Report of an investigation into the causes of the diseases known in Assam as Kála-Azár and Beri-Beri
Disease focus: Beri-Beri
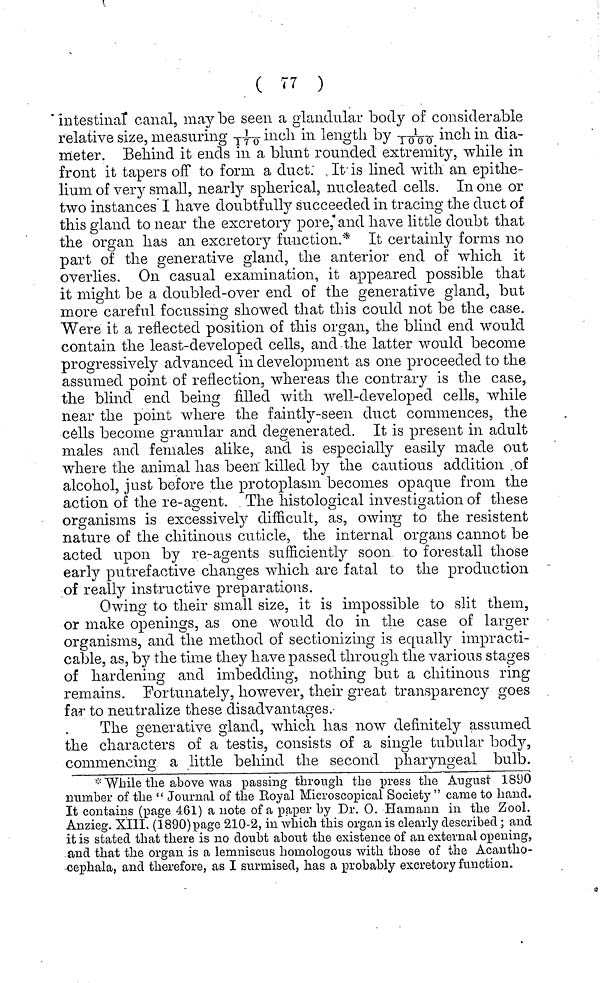
( 77 )
intestinal canal, may be seen a glandular body of considerable
relative size, measuring 1/170 inch in length by 1/1000 inch in dìa-
meter. Behind it ends in a blunt rounded extremity, while in
front it tapers off to form a duct. It is lined with an epithe-
lium of very small, nearly spherical, nucleated cells. In one or
two instances I have doubtfully succeeded in tracing the duct of
this gland to near the excretory pore, and have little doubt that
the organ has an excretory function.* It certainly forms 110
part of the generative gland, the anterior end of which it
overlies. On casual examination, it appeared possible that
it might be a doubled-over end of the generative gland, but
more careful focussing showed that this could not be the case.
Were it a reflected position of this organ, the blind end would
contain the least-developed cells, and the latter would become
progressively advanced in development as one proceeded to the
assumed point of reflection, whereas the contrary is the case,
the blind end being filled with well-developed cells, while
near the point where the faintly-seen, duct commences, the
cells become granular and degenerated. It is present in adult
males and females alike, and is especially easily made out
where the animal has been' killed by the cautious addition of
alcohol, just before the protoplasm becomes opaque from the
action of the re-agent. The histological investigation of these
O
O
O
organisms is excessively difficult, as, owing to the resistent
nature of the chitinous cuticle, the internal organs cannot be
acted upon by re-agents sufficiently soon to forestall those
early putrefactive changes which are fatal to the production
of really instructive preparations.
Owing to their small size, it is impossible to slit them,
or make openings, as one would do in the case of larger
organisms, and the method of sectionizing is equally impracti-
cable, as, by the time they have passed through the various stages
of hardening and imbedding, nothing but a chitinous ring
remains. Fortunately, however, their great transparency goes
far to neutralize these disadvantages.
The generative gland, which has now definitely assumed
the characters of a testis, consists of a single tubular body,
commencing a little behind the second pharyngeal bulb.
* While the above was passing through the press the August 1890
number of the "Journal of the Eoyal Microscopical Society" came to hand.
It contains (page 461) a note of a paper by Dr. O. Hamann in the Zool.
Anzieg. XIII. (1890) page 210-2, in which this organ is clearly described ; and
it is stated that there is no doubt about the existence of an external opening,
and that the organ is a lemuisctis homologous with those of the Acantho-
cephala, and therefore, as I surmised, has a probably excretory function.